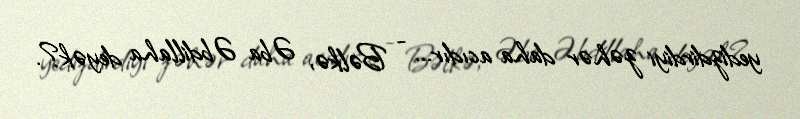
yedizdirdiyi zəhər daha acıdır... - Bəlkə, Əba Əbdillaha deyək?.